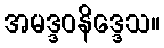
အမဒ္ဒဝနိဒ္ဒေသ။